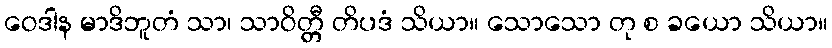
ဝေဒါန မာဒိဘူတံ သာ၊ သာဝိတ္တီ တိပဒံ သိယာ။ သောသော တု စ ခယော သိယာ။